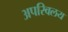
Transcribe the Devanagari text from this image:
अपरिवलय